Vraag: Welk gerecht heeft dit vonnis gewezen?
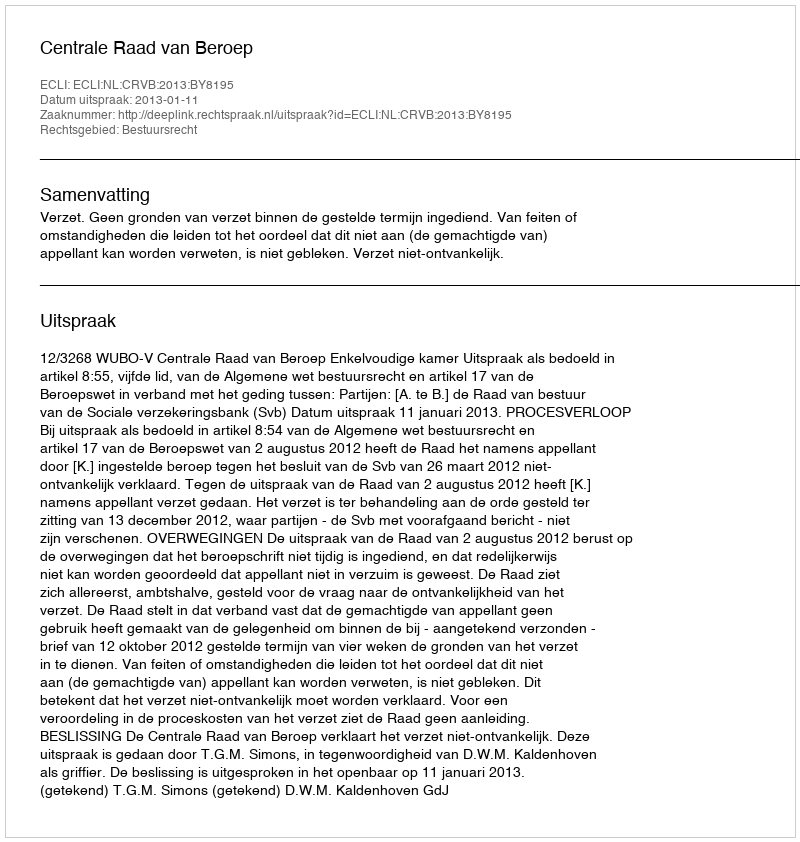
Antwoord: Centrale Raad van Beroep